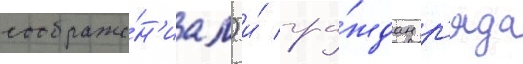
соображе́н'иам) и́ гра́ждан р'яда